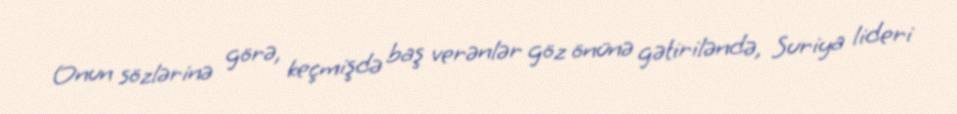
Onun sözlərinə görə, keçmişdə baş verənlər göz önünə gətiriləndə, Suriya lideri